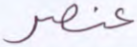
عنصر